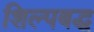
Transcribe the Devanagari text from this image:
शिल्पबद्ध